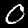
Label: 0